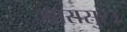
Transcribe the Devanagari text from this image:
ज्वारासुर।